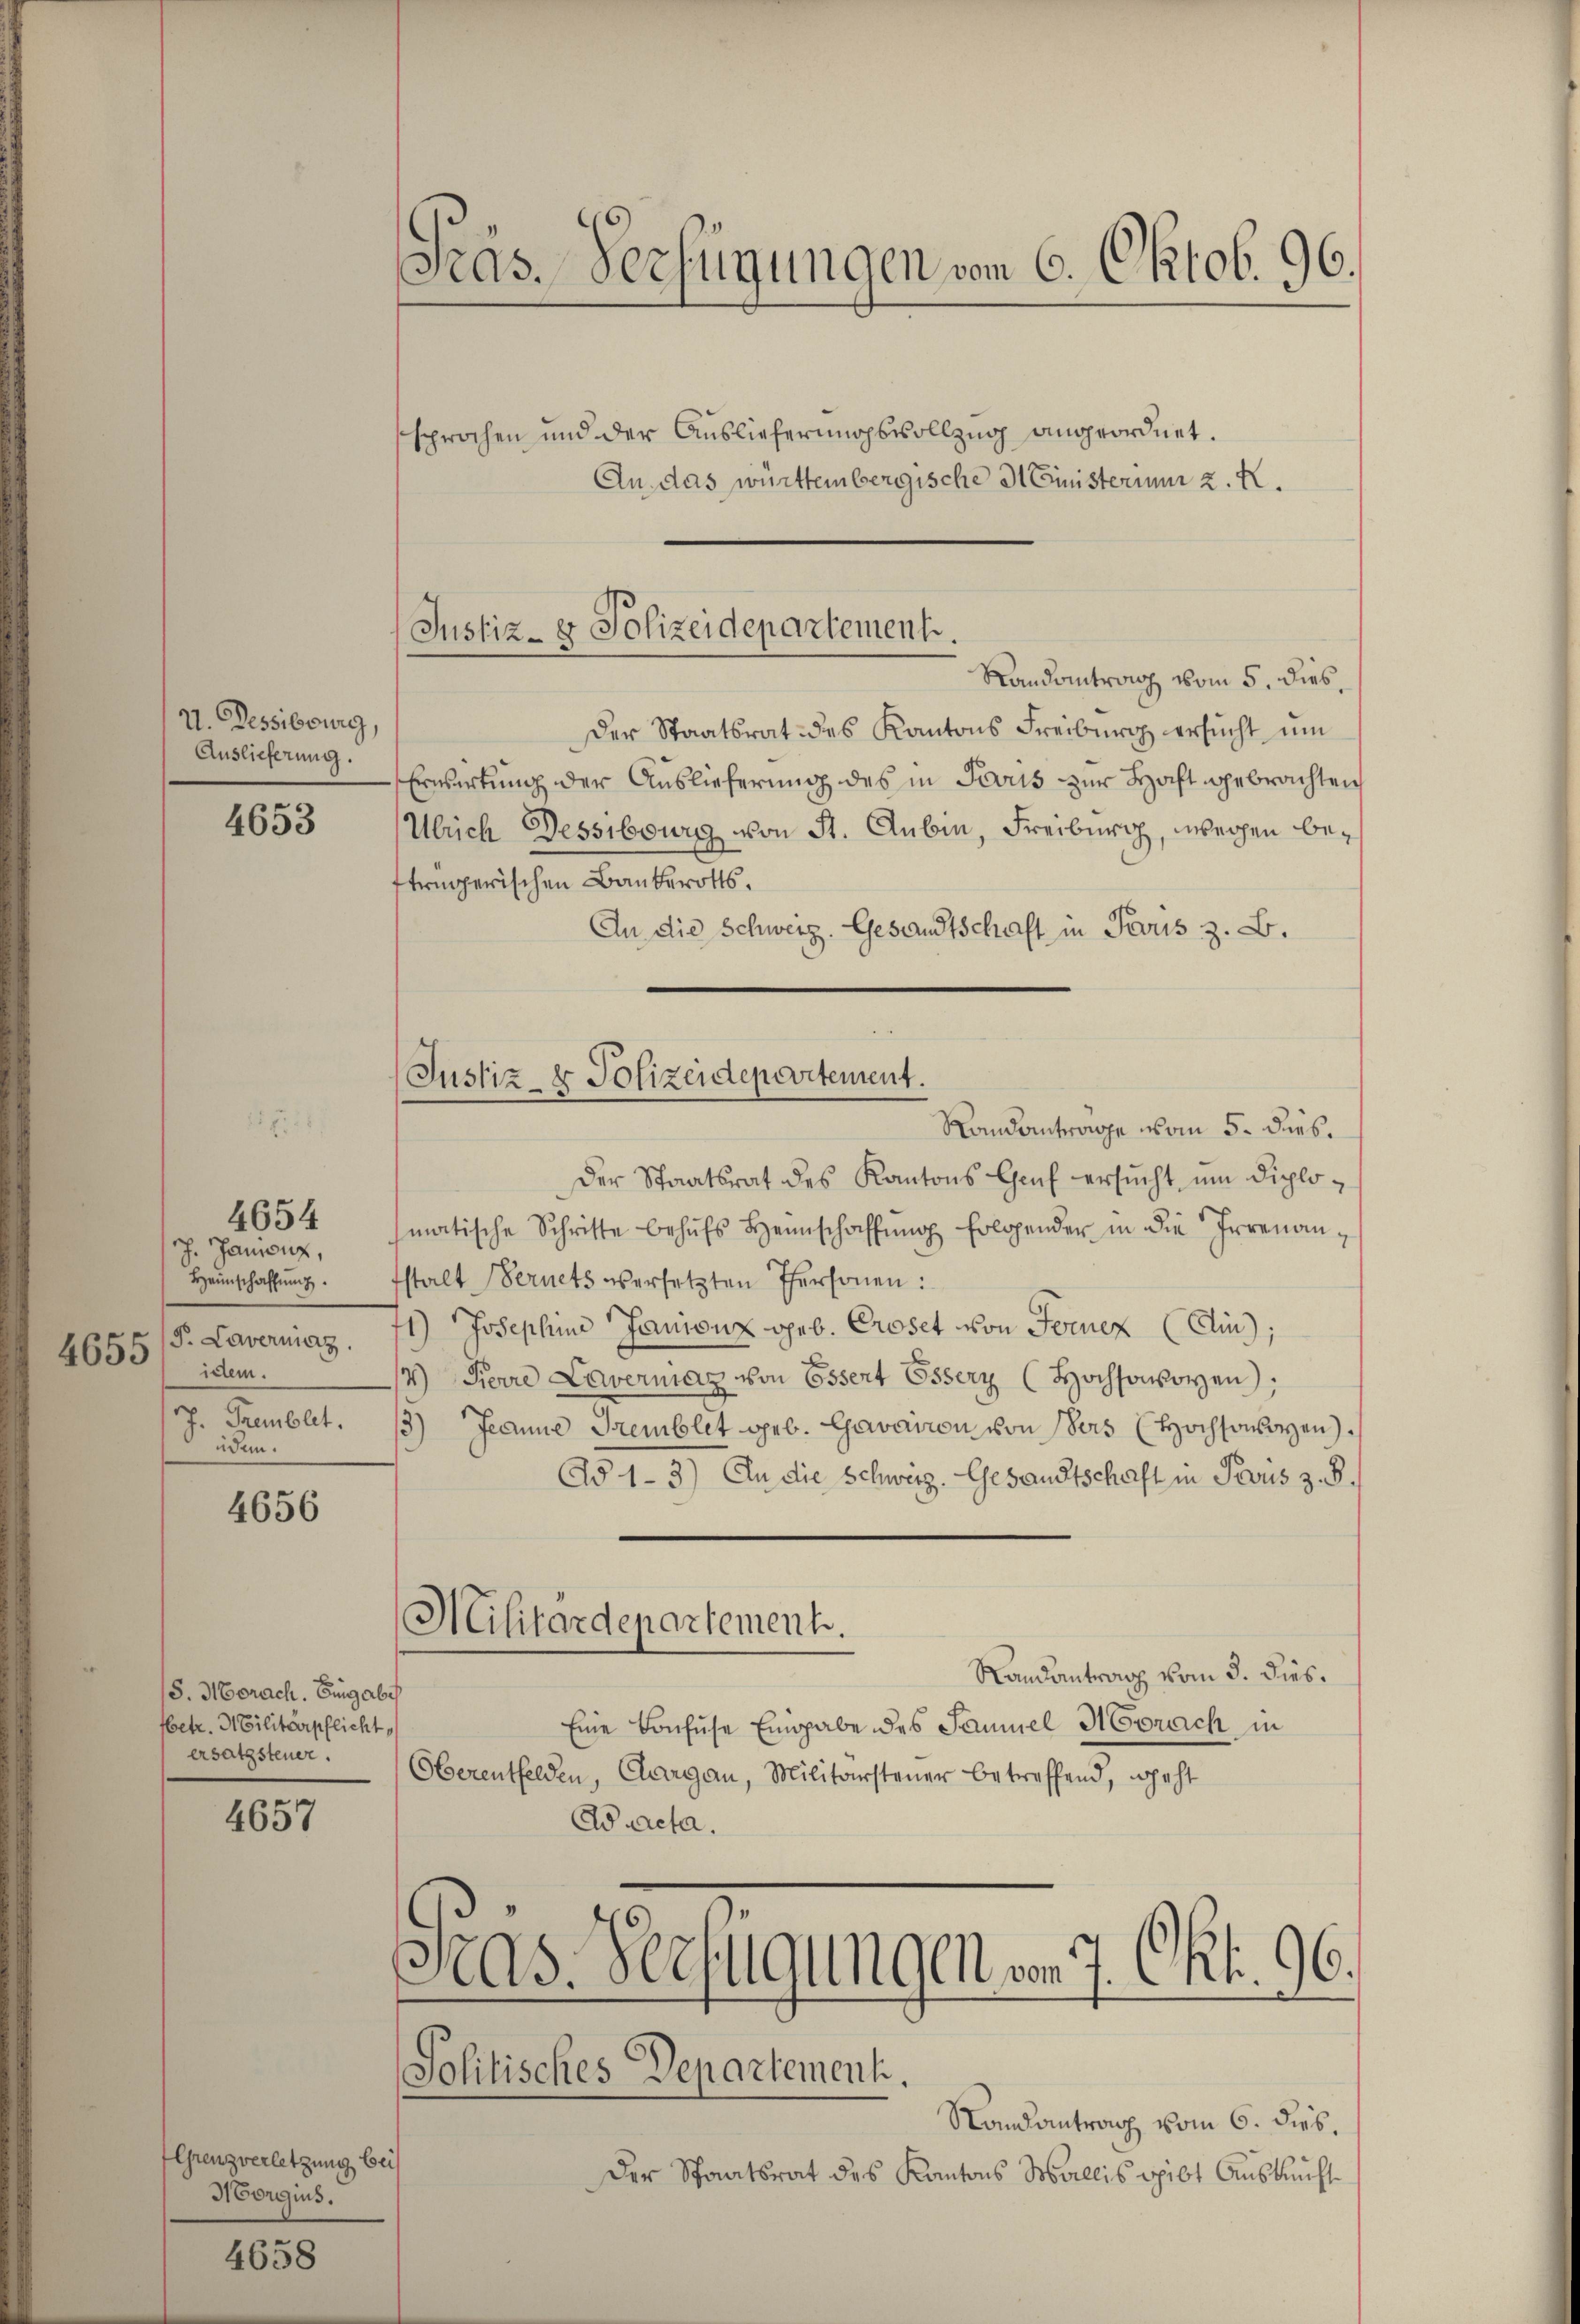
V. Dessibourg,
Auslieferung.

4653

4654

4656

J. Janienz,
Heimschaffung
/5. Lavermaz
4653 idem
3
Fremblet.
üdem

15. Morach. Eingabe
betr. 3 Cilitärpflicht
ersatzsteuer.

4657

Grenzverletzung bei
Norgius.

4658

Präs. Verfügungen vom 6. Oktob. 96.

Justiz- & Polizeidepartement.
Randantrag vom 5. dies

Justiz- & Polizeidepartement.
Randantrage vom 5. dies.

sprochen und der Auslieferungsvollzug angeordnet.
An das württembergische Ministerium 2. X.
Der Staatsrat des Kantons Freiburg ersucht um
Erwertung der Auslieferung des in Trouis zur Haft gebrachten
Ulrich Dessibourg von St. Aubin, Freiburg, wegen beftrügerischen Bauberotts.
An die Schweiz. Gesandtschaft in Perus z. B.
Der Staatsrat des Kantons Genf ersŭcht ŭm diplomatische Schritte behŭfs Heimschaffung folgender in die Irrenanfstalt Bernets versetzten Personen:
1) Josephine Janienz geb. Croset von Ferner (Ain;
14) Ferre Lavermag von Essent Esserz (Hochsooyen);
13) Jeanne Gremblet geb. Lavation von ders (Hochsoneyen.
Ad 1-3) In die Schweiz. Gesandtschaft in Proris z. B.
Militärdepartement.
Randantrag vom 3. dies
Eine Konfuse Eingabe des Samuel Merach in
Oberentfelden, Aargau, Militärsteuer betreffend, geht
Wacta.
Pras. Verfügungen von 7. Okt. 96.
Solitisches Departement.
Randantrag vom 6. dies.

Der Staatsrat des Kantons Wallis gibt Auskunft